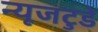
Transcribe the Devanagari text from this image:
न्यूजटुडे